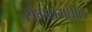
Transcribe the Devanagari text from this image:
संगममधील